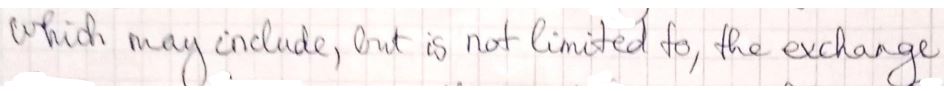
which may include, but is not limited to, the exchange